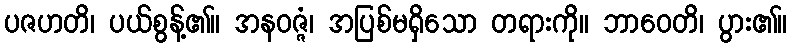
ပဇဟတိ၊ ပယ်စွန့်၏။ အနဝဇ္ဇံ၊ အပြစ်မရှိသော တရားကို။ ဘာဝေတိ၊ ပွား၏။